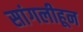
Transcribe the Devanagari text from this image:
सांगलीहून